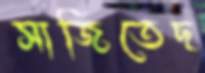
সাজিতেছ